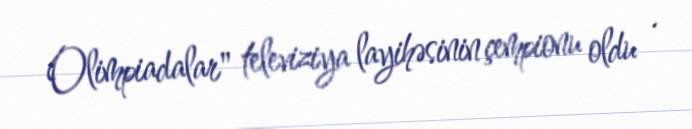
Olimpiadalar" televiziya layihəsinin çempionu oldu .